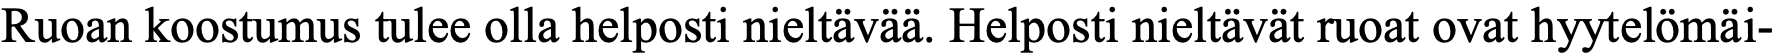
Ruoan koostumus tulee olla helposti nieltävää. Helposti nieltävät ruoat ovat hyytelömäi-